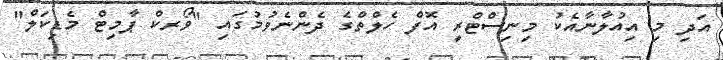
އަދި މި އިއުލާނާއެކު މިނިސްޓްރީ އޮފް ހެލްތްގެ ދެންނެވުމުގައި "ވޯރކް ޕާމިޓް މެޑިކަލް"